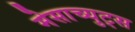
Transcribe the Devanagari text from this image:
मेसाच्युट्स